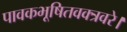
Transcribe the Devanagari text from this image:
पावकभूषितवक्त्रवरे।